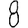
Digit: 8